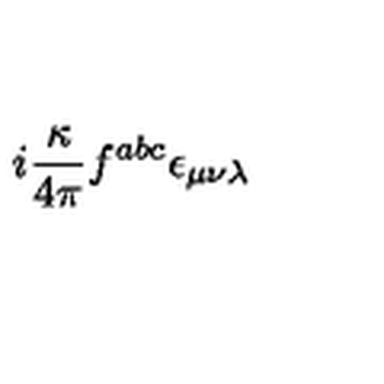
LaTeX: i \frac { \kappa } { 4 \pi } f ^ { a b c } \epsilon _ { \mu \nu \lambda }